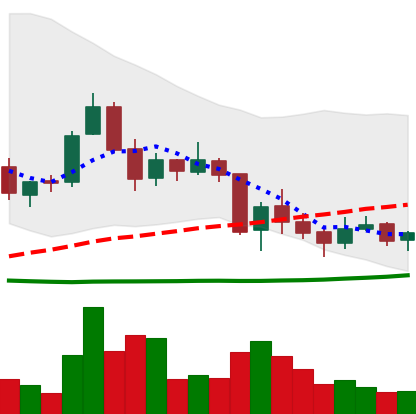
Ticker: TRX-USD
Chart end date: 2018-06-05
Forward return: -20.757%
Label: down_7plus